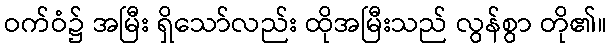
ဝက်ဝံ၌ အမြီး ရှိသော်လည်း ထိုအမြီးသည် လွန်စွာ တို၏။